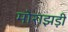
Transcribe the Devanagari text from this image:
मोराझड़ी